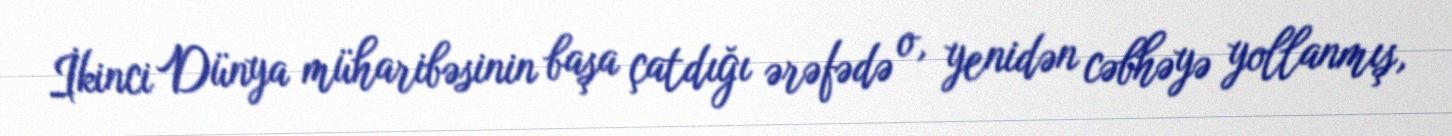
İkinci Dünya müharibəsinin başa çatdığı ərəfədə o, yenidən cəbhəyə yollanmış,